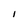
Character: 1